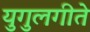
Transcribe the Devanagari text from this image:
युगुलगीते